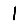
Digit: 1